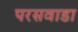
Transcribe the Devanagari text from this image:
परसवाडा